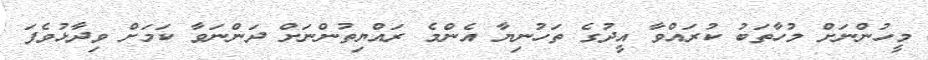
މީހުންނަށް މުހާތަބު ކުރައްވާ އީދުގެ ތަހުނިޔާ އެންމެ ރައްޔިތުންނަށް ދަންނަވާ ކަމަށް ވިދާޅުވެފަ